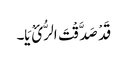
قَدْ صَدَّقْتَ الرُّ ئْ یَا۔